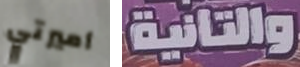
أميرتي والتانية